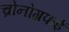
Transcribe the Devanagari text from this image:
च्रोनोग्रफई